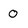
Character: 0